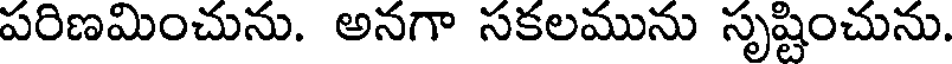
పరిణమించును. అనగా సకలమును సృష్టించును.